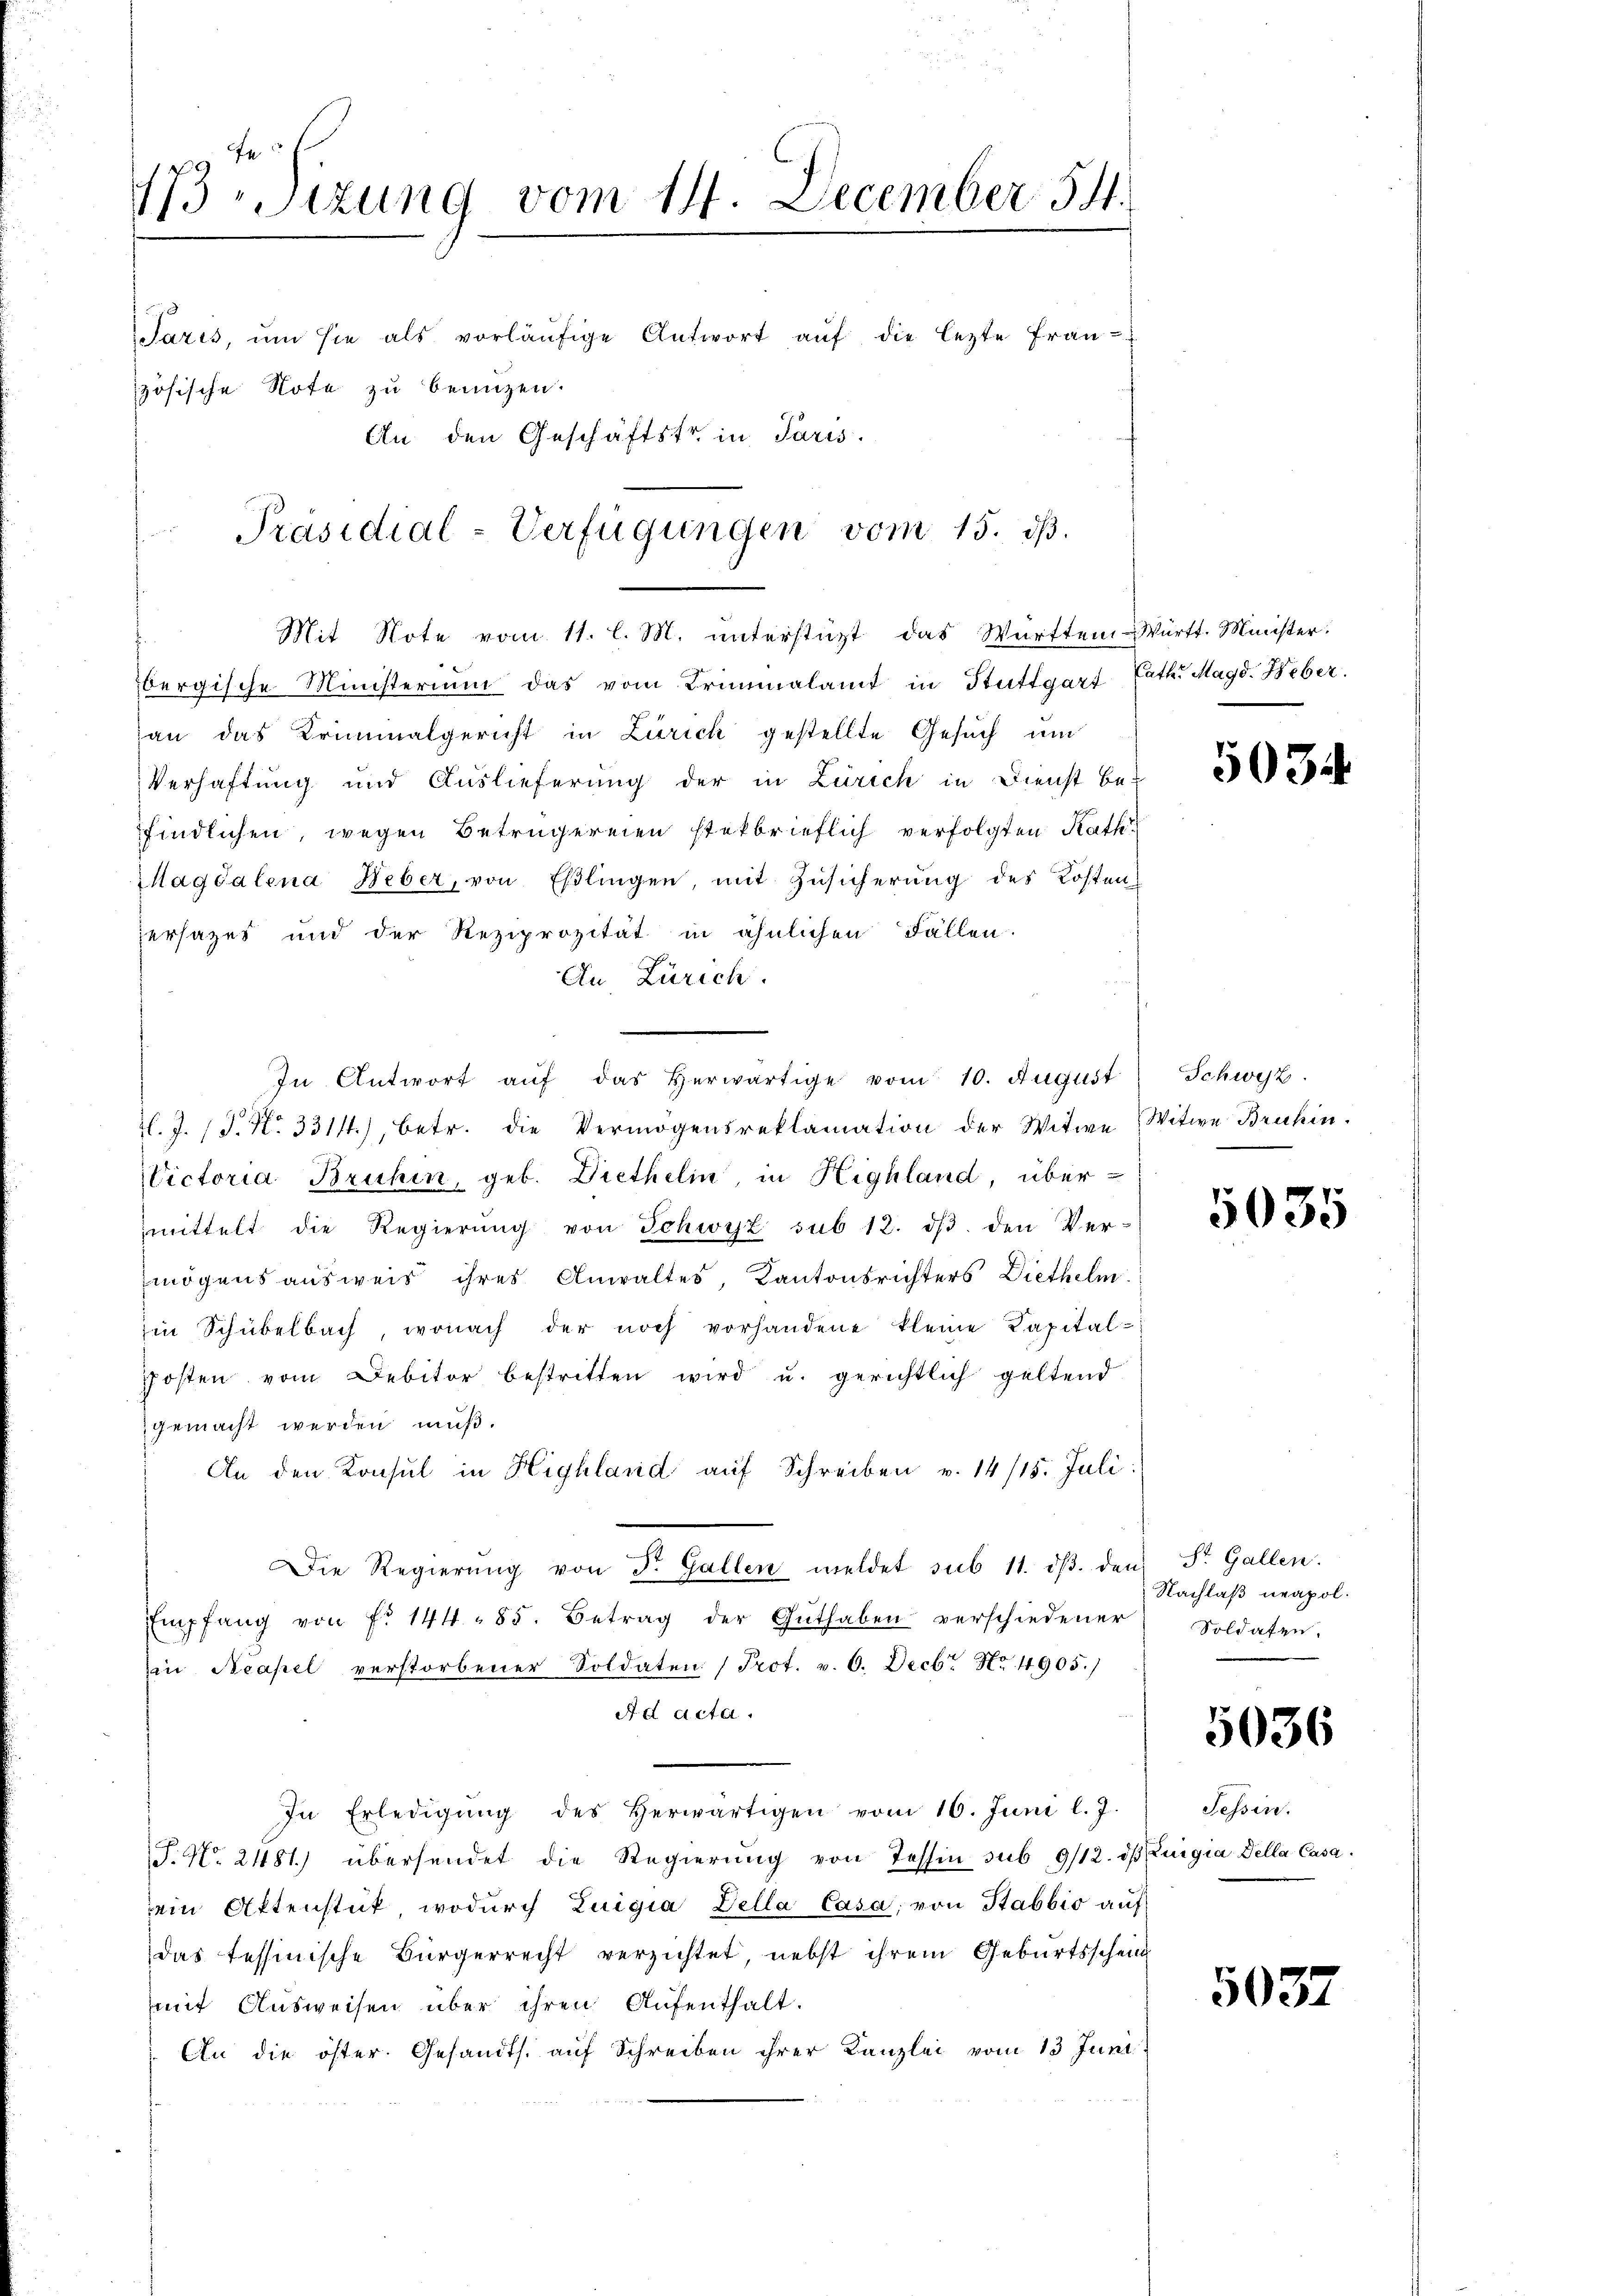
s
bergische Ministerium das vom Kriminalamt in Stuttgart Cath. Magd. Heber.
an das Kriminalgericht in Zürich gestellte Gesuch und
Verhaftung und Auslieferung der in Zürich in Dienst be-
findlichen, wegen Betrügereien steckbrieflich verfolgten Rath¬
Magdalena Weber, von Eßlingen mit Zŭsicherung des Kosten
ersatzes und der Reziprozität in ähnlichen Fällen.
An Zürich.
In Antwort aŭf das herwärtige vom 10. August
l. J. J. No. 33111), betr. die Vermögensreklamation der Witwe Witwe Bruhin.
Victoria Bruhin, geb. Diethelin, in Highland, übermittelt die Regierŭng von Schwyz sub 12. dβ den Ver-
mögensausweis ihres Anwaltes, Kantonsrichters Diethelm
Ein Schübelbach, wonach der noch vorhandene kleine Kapital-
posten vom Debitor bestritten wird u. gerichtlich geltend
gemacht werden muß.
An den Konsul in Highland auf Schreiben v. 14/15. Juli:
Die Regierŭng von St. Gallen meldet sub 11. dβ. den St. Gallen.
Empfang von fr. 144. 85. Betrag der Guthaben verschiedener Soldaten.
in Neapel verstorbener Soldaten (Prot. v. 6. Decb. Nr. 1905.)
Ad acta.
In Erledigŭng des herwärtigen vom 16. Juni l. J.
T. No. 2481) übersendet die Regierŭng von Tessin sub 9/12. dβ Luigia della Casa
ein Attenstük, wodurch Luigia Della Casa, von Stabbio auf
das tessinische Bürgerrecht verzichtet, nebst ihrem Geburtsschein
mit Ausweisen über ihren Aufenthalt.
An die öster. Gesandts. auf Schreiben ihrer Kanzlei vom 13 Juni

fe
173 Sizung vom 14. December 54.
Paris, um sie als vorläŭfige Antwort aŭf die lezte Frauzösische Note zu benuzen.
An den Geschäftstr in Paris.

Präsidial-Verfügungen vom 15. ds.
Mit Note vom 11. l. M. unterstüzt, das Württem-Württ. Minister:

5034.

Schwyz.

5035

Nachlaß neapol.
e

5036

Tessin.

5037